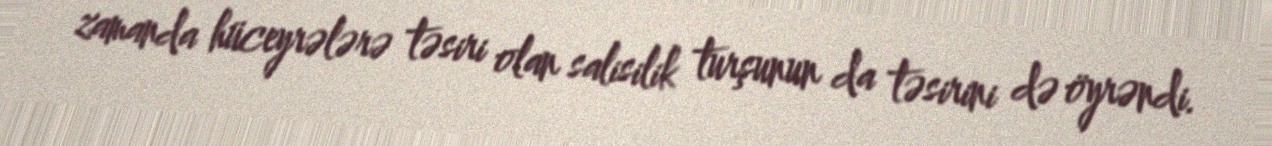
zamanda hüceyrələrə təsiri olan salisilik turşunun da təsirini də öyrəndi.